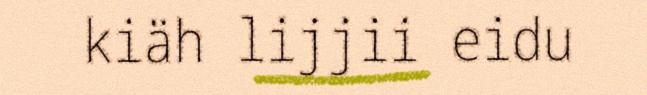
kiäh lijjii eidu